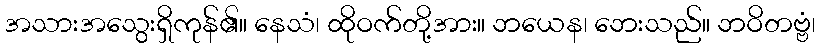
အသားအသွေးရှိကုန်၏။ နေသံ၊ ထိုဝက်တို့အား။ ဘယေန၊ ဘေးသည်။ ဘဝိတဗ္ဗံ၊